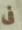
فى